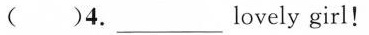
( )4.___lovely girl!